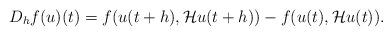
LaTeX: \begin{align*}D_h f(u)(t) = f(u(t+h),\mathcal H u(t+h))-f(u(t),\mathcal Hu(t)).\end{align*}